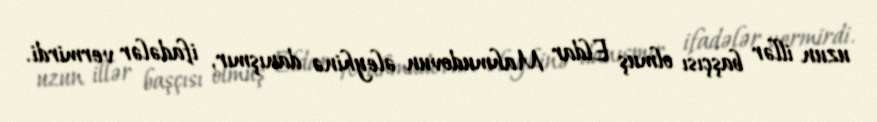
uzun illər başçısı olmuş Eldar Mahmudovun əleyhinə danışmır, ifadələr vermirdi.